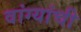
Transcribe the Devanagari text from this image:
वांग्यांची